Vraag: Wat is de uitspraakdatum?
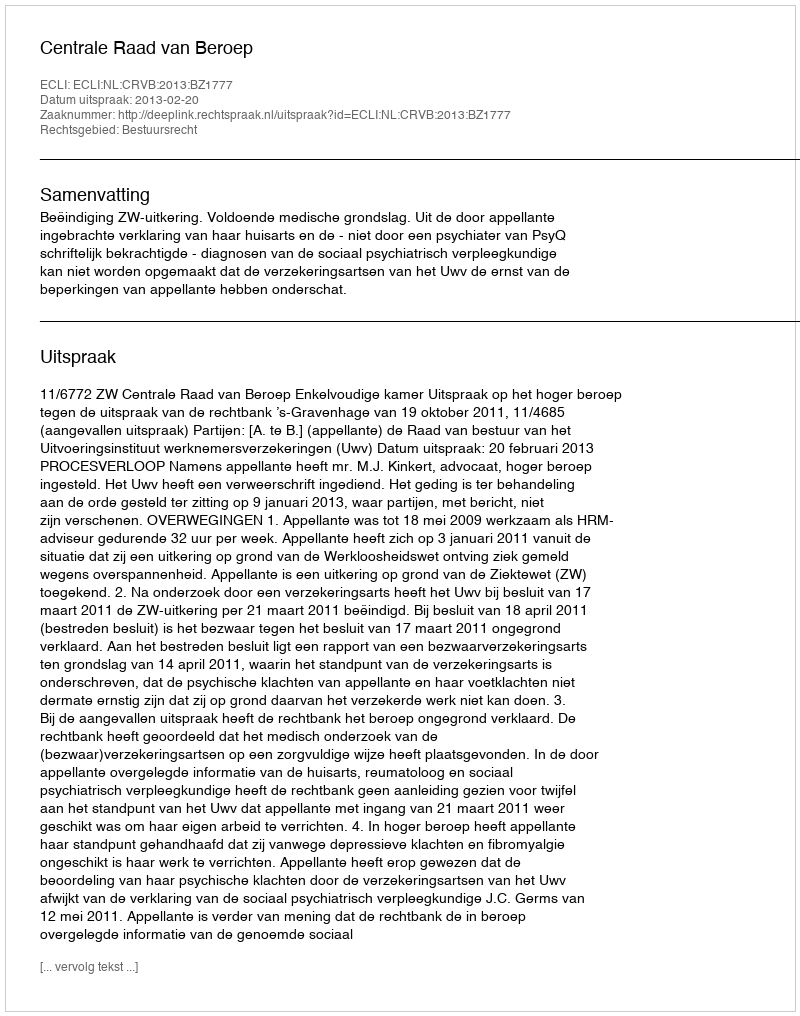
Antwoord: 2013-02-20